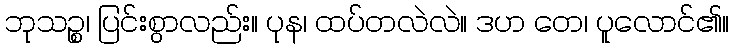
ဘုသဉ္စ၊ ပြင်းစွာလည်း။ ပုန၊ ထပ်တလဲလဲ။ ဒဟ တေ၊ ပူလောင်၏။